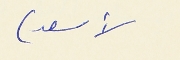
لأسعد)